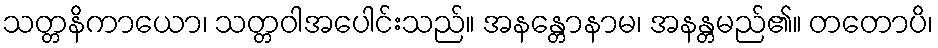
သတ္တနိကာယော၊ သတ္တဝါအပေါင်းသည်။ အနန္တောနာမ၊ အနန္တမည်၏။ တတောပိ၊